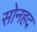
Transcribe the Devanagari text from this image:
सोनहद